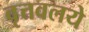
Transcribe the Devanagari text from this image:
वृत्तवलये